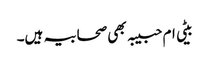
بیٹی ام حبیبہ بھی صحابیہ ہیں۔